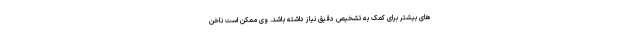
های بیشتر برای کمک به تشخیص دقیق نیاز داشته باشد. وی ممکن است ناخن